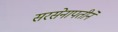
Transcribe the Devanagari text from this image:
सरसेनापतीने